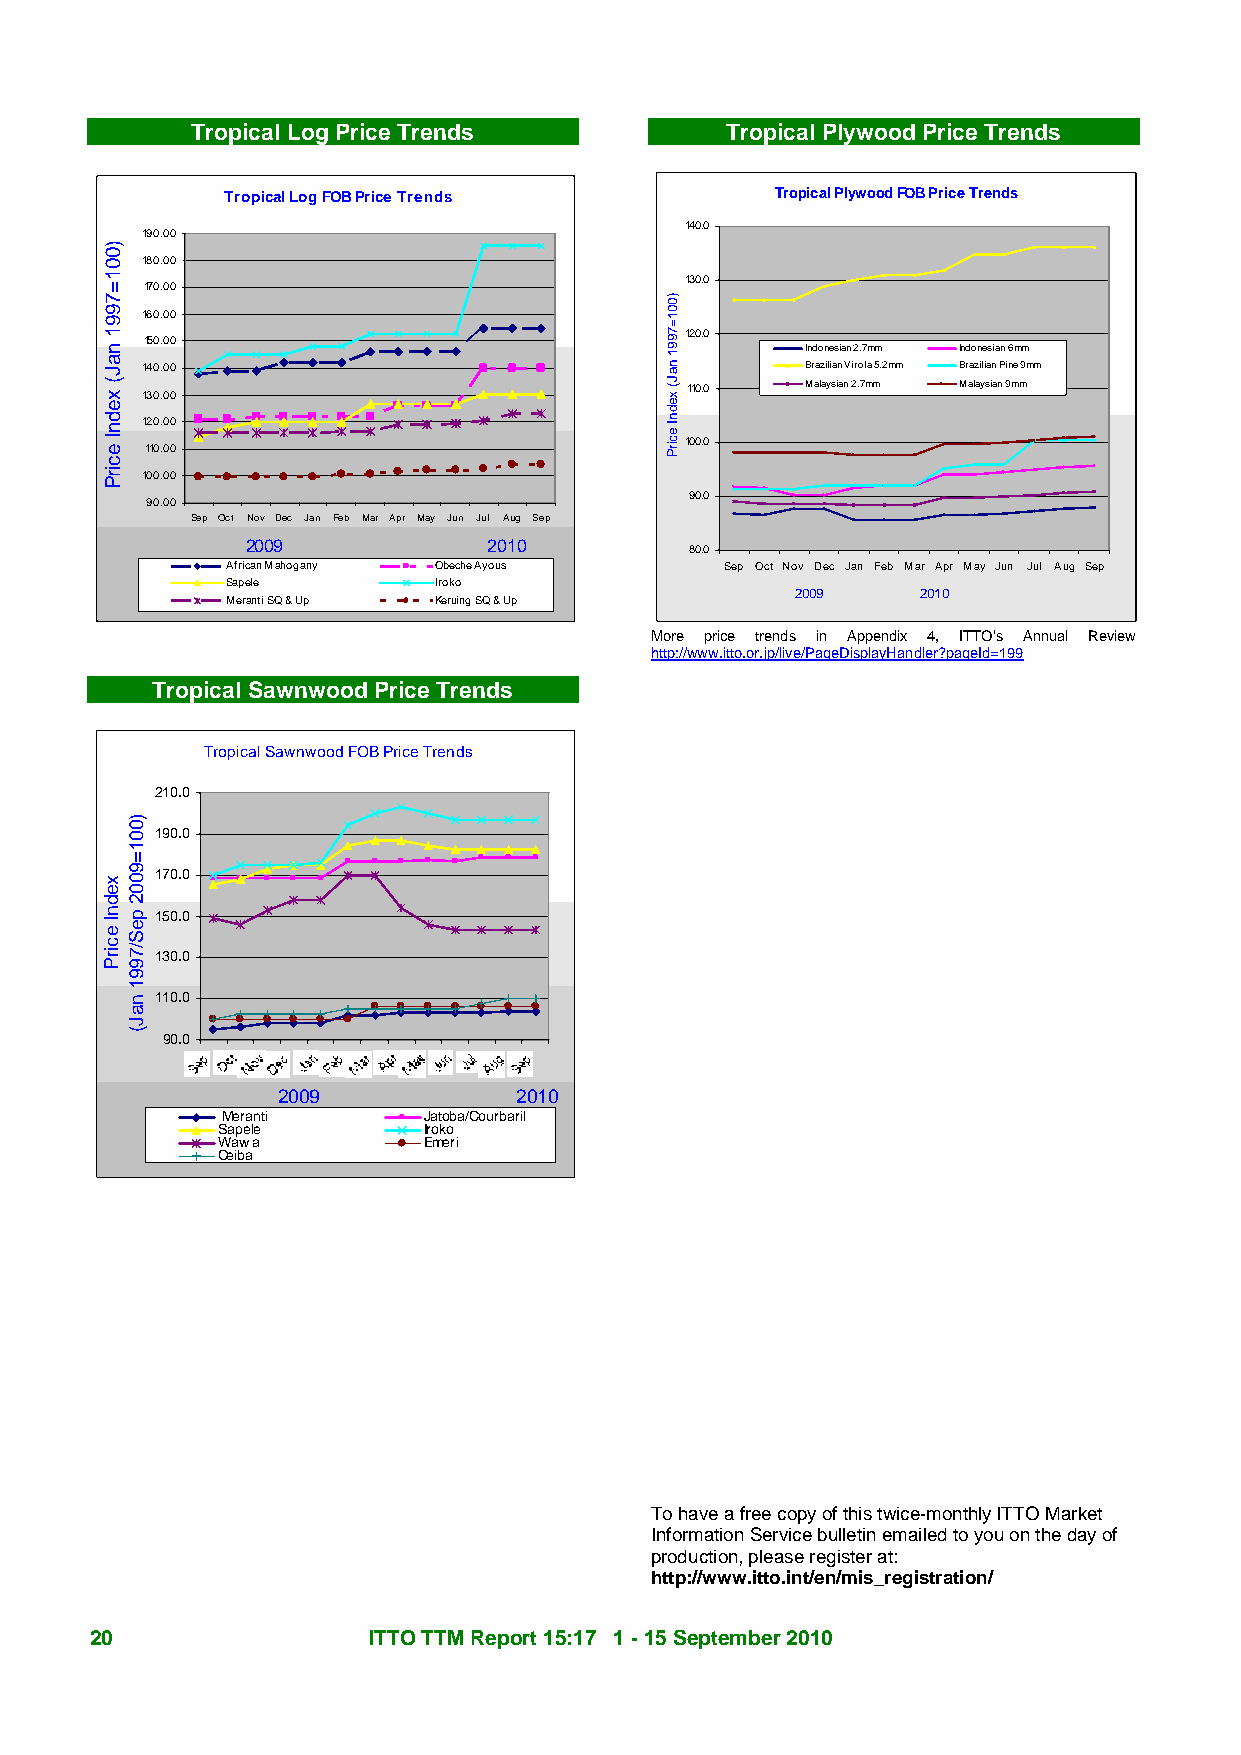
Tropical Log Price Trends          Tropical Plywood Price Trends
 Tropical Log FOB Price Trends       Tropical Plywood FOB Price Trends
 140.0
 190.00
 180.00
 130.0
 170.00
 160.00
 120.0
 150.00
 Indonesian 2.7mm Indonesian 6mm
 140.00                                      Brazilian Virola 5.2mm Brazilian Pine 9mm
 110.0   Malaysian 2.7mm Malaysian 9mm 130.00
 120.00
 100.0 110.00
 100.00
 90.0
 90.00
 Sep Oct Nov Dec Jan Feb Mar Apr May Jun Jul Aug Sep
 2009            2010          80.0
 African Mahogany Obeche Ayous    Sep Oct Nov Dec Jan Feb Mar Apr May Jun Jul Aug Sep
 Sapele        Iroko
 2009    2010
 Meranti SQ & Up Keruing SQ & Up
 More price trends in Appendix 4, ITTO’s Annual Review
 http://www.itto.or.jp/live/PageDisplayHandler?pageId=199
 Tropical Sawnwood Price Trends
 Tropical Sawnwood FOB Price Trends
 210.0
 190.0
 170.0
 150.0
 130.0
 110.0
 90.0
 2009            2010
 Meranti      Jatoba/Courbaril
 Sapele        Iroko
 Wawa          Emeri
 Ceiba
 To have a free copy of this twice-monthly ITTO Market
 Information Service bulletin emailed to you on the day of
 production, please register at:
 http://www.itto.int/en/mis_registration/
 20                ITTO TTM Report 15:17 1 - 15 September 2010
 )001=7991
 naJ(
 xednI
 ecirP
 xednI
 ecirP
 )001=9002
 peS/7991
 naJ(
 )001=7991
 naJ(
 xednI
 ecirP